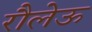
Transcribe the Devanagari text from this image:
रौलेऊ